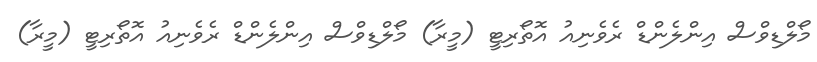
މޯލްޑިވްސް އިންލެންޑް ރެވެނިއު އޮތޯރިޓީ (މީރާ) މޯލްޑިވްސް އިންލެންޑް ރެވެނިއު އޮތޯރިޓީ (މީރާ)